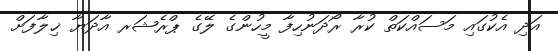
އަދި އެކުގައި މަސައްކަތް ކުރާ ރޯދަނުހިފާ މީހުންގެ ލޭގެ ޕްރެޝަރ އާދަޔާ ޚިލާފަށް